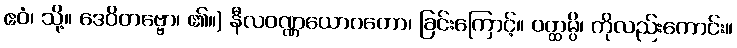
ဧဝံ၊ သို့။ ဒေဝိတဗ္ဗော၊ ၏။) နီလဝဏ္ဏယောဂတော၊ ခြင်းကြောင့်။ ဝတ္ထမ္ပိ၊ ကိုလည်းကောင်း။